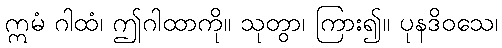
ဣမံ ဂါထံ၊ ဤဂါထာကို။ သုတွာ၊ ကြား၍။ ပုနဒိဝသေ၊